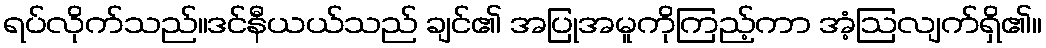
ရပ်လိုက်သည်။ဒင်နီယယ်သည် ချင်၏ အပြုအမူကိုကြည့်ကာ အံ့ဩလျက်ရှိ၏။